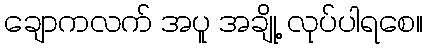
ချောကလက် အပူ အချို့ လုပ်ပါရစေ။